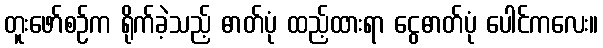
တူးဖော်စဉ်က ရိုက်ခဲ့သည့် ဓာတ်ပုံ ထည့်ထားရာ ငွေဓာတ်ပုံ ပေါင်ကလေး။